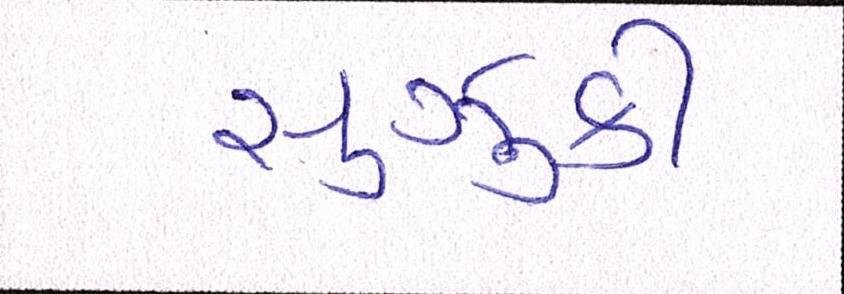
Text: સુઝુકી